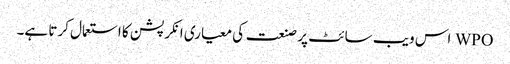
WPO اس ویب سائٹ پر صنعت کی معیاری انکرپشن کا استعمال کرتا ہے۔